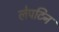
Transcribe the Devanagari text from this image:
लेपटिन